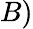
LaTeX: B)